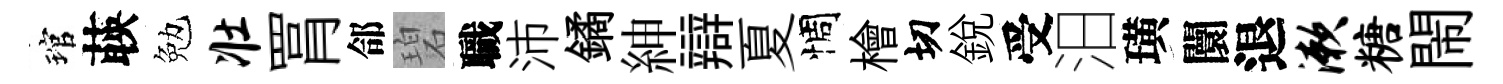
琯𦴤勉壮罥郃碧職沛鐍紳辯夏惆檜切銳受汨璜闤退漱糖閙